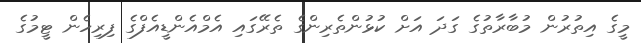
މީގެ އިތުރުން މުބާރާތުގެ ގަދަ އަށް ކުޅުންތެރިންގެ ތެރޭގައި އެމްއެންޑީއެފްގެ ފިރިހެން ޓީމުގެ